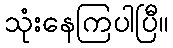
သုံးနေကြပါပြီ။